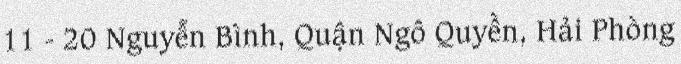
11 - 20 Nguyễn Bình, Quận Ngô Quyền, Hải Phòng